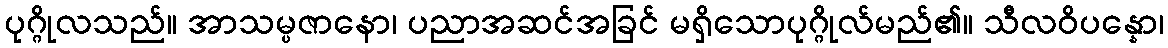
ပုဂ္ဂိုလသည်။ အာသမ္ပဇာနော၊ ပညာအဆင်အခြင် မရှိသောပုဂ္ဂိုလ်မည်၏။ သီလဝိပန္နော၊